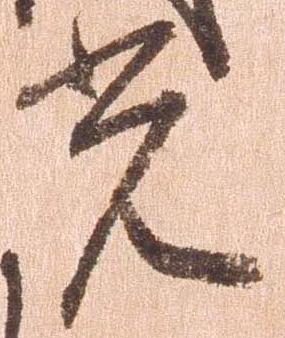
光